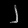
Digit: ၂